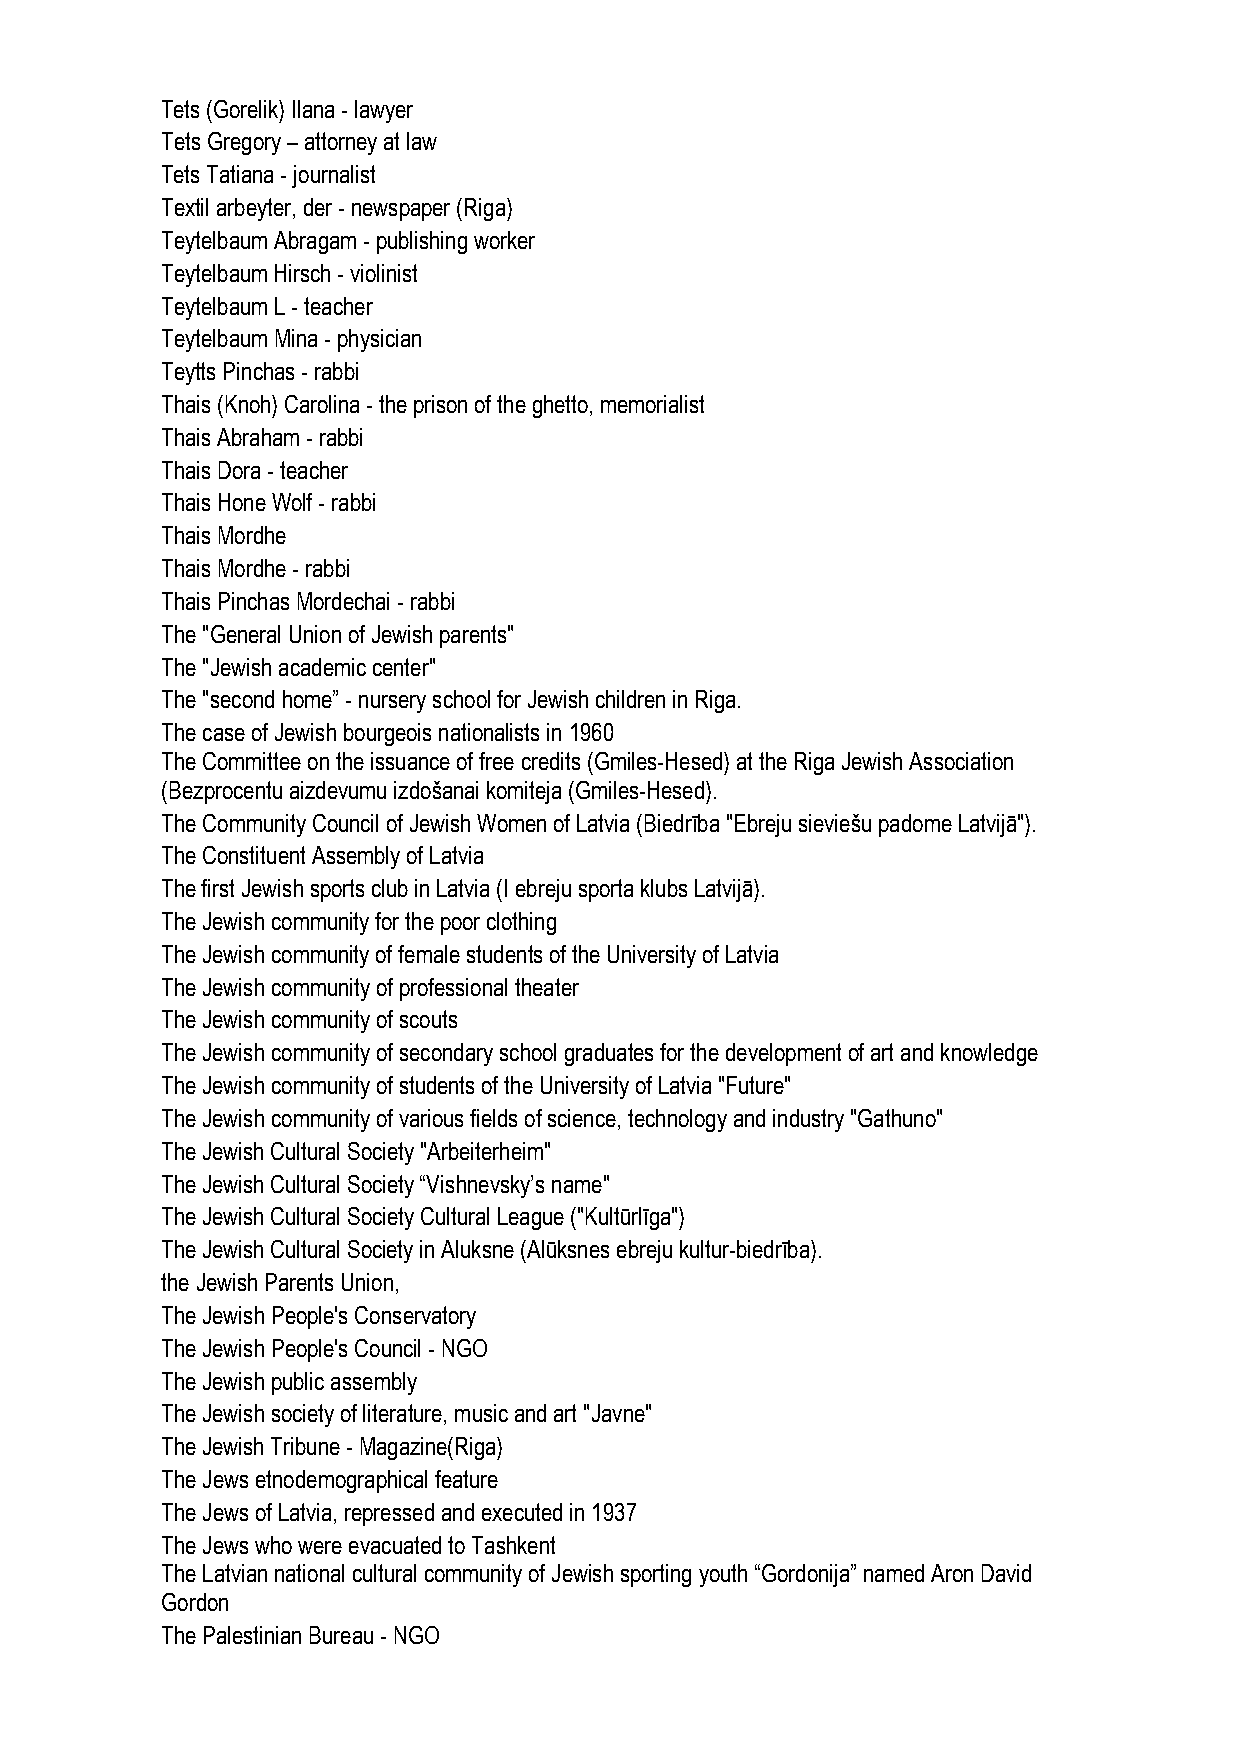
Tets (Gorelik) Ilana - lawyer
 Tets Gregory – attorney at law
 Tets Tatiana - journalist
 Textil arbeyter, der - newspaper (Riga)
 Teytelbaum Abragam - publishing worker
 Teytelbaum Hirsch - violinist
 Teytelbaum L - teacher
 Teytelbaum Mina - physician
 Teytts Pinchas - rabbi
 Thais (Knoh) Carolina - the prison of the ghetto, memorialist
 Thais Abraham - rabbi
 Thais Dora - teacher
 Thais Hone Wolf - rabbi
 Thais Mordhe
 Thais Mordhe - rabbi
 Thais Pinchas Mordechai - rabbi
 The "General Union of Jewish parents"
 The "Jewish academic center"
 The "second home” - nursery school for Jewish children in Riga.
 The case of Jewish bourgeois nationalists in 1960
 The Committee on the issuance of free credits (Gmiles-Hesed) at the Riga Jewish Association
 (Bezprocentu aizdevumu izdošanai komiteja (Gmiles-Hesed).
 The Community Council of Jewish Women of Latvia (Biedrība "Ebreju sieviešu padome Latvijā").
 The Constituent Assembly of Latvia
 The first Jewish sports club in Latvia (I ebreju sporta klubs Latvijā).
 The Jewish community for the poor clothing
 The Jewish community of female students of the University of Latvia
 The Jewish community of professional theater
 The Jewish community of scouts
 The Jewish community of secondary school graduates for the development of art and knowledge
 The Jewish community of students of the University of Latvia "Future"
 The Jewish community of various fields of science, technology and industry "Gathuno"
 The Jewish Cultural Society "Arbeiterheim"
 The Jewish Cultural Society “Vishnevsky’s name"
 The Jewish Cultural Society Cultural League ("Kultūrlīga")
 The Jewish Cultural Society in Aluksne (Alūksnes ebreju kultur-biedrība).
 the Jewish Parents Union,
 The Jewish People's Conservatory
 The Jewish People's Council - NGO
 The Jewish public assembly
 The Jewish society of literature, music and art "Javne"
 The Jewish Tribune - Magazine(Riga)
 The Jews etnodemographical feature
 The Jews of Latvia, repressed and executed in 1937
 The Jews who were evacuated to Tashkent
 The Latvian national cultural community of Jewish sporting youth “Gordonija” named Aron David
 Gordon
 The Palestinian Bureau - NGO